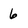
Character: 6